Madras plague regulations in force outside the Presidency town - Volume 3
Disease focus: Plague
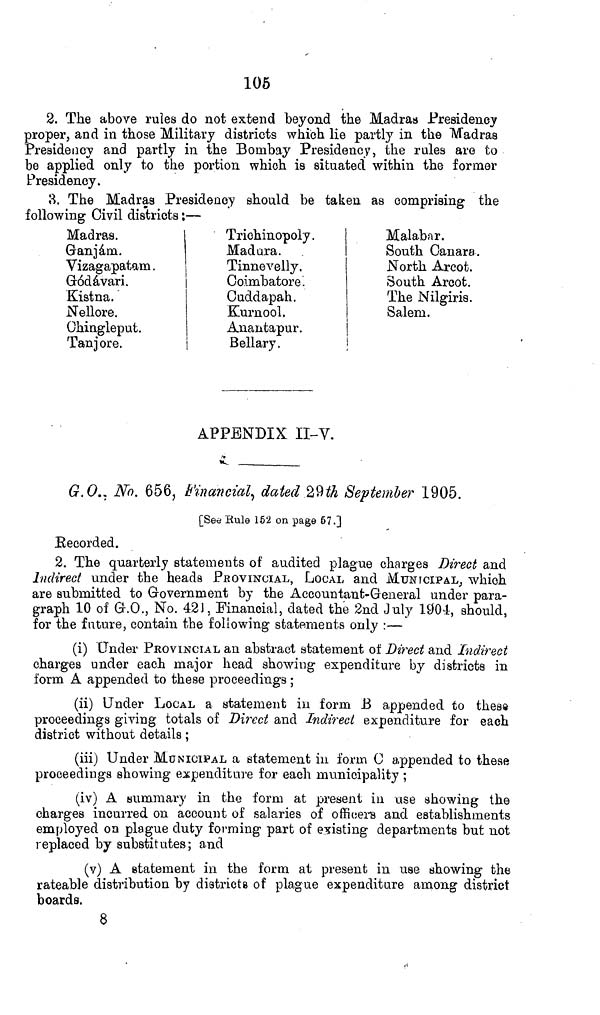
105
2. The above rules do not extend beyond the Madras Presidency
proper, and in those Military districts which lie partly in the Madras
Presidency and partly in the Bombay Presidency, the rules are to
be applied only to the portion which is situated within the former
Presidency.
3. The Madras Presidency should be taken as comprising the
following Civil districts ' .—
Madras.
Ganjárn.
Vizagapatam .
Gódávari.
Kistna.
Nellore.
Chingleput.
Tan j ore.
Trichinopoly.
Madura.
Tinnevelly.
1
Coimbatore.
1
Cuddapah.
Kurnool,
Anantapur.
¡
Bellary.
Malabar.
South Ganara.
North Arcot.
South Arcot.
The Nilgiris.
Salem.
APPENDIX: ii-v.
>^_
G.O., No. 656, b'incMcial, dated 29 ¿A September 1905.
[Seö Rule 162 on page 67-3
Recorded.
2. The quarterly statements of audited plague charges Direct and
Indirect under the heads PROVINCIAL, LOCAL arid MUNICIPAL, which
are submitted to Government by the Accountant-General under para-
graph 10 of G.O., No. 421, Financial, dated the 2nd July 1904-, should,
for the future, contain the following statements only :—
(i) Under PROVINCIAL an abstract statement of Direct and Indirect
charges under each major head showing expenditure by districts in
form A appended to these proceedings ;
(ii) Under LOCAL a statement in form J3 appended to thess
proceedings giving totals of Direct and Indirect expenditure for each
district without details ;
(iii) Under MUNICIPAL a statement in form C appended to these
proceedings showing expenditure for each municipality ;
(iv) A summary in the form at present in use showing the
charges incurred on account of salaries of officers and establishments
employed on plague duty forming part of existing departments but not
replaced by substitutes; and
(v) A statement in the form, at present in use showing the
rateable distribution by districts of plague expenditure among district
boards.
8